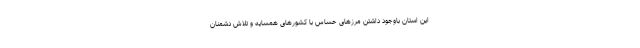
این استان باوجود داشتن مرزهای حساس با کشورهای همسایه و تلاش دشمنان